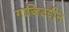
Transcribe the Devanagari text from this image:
गाजिउद्दीन